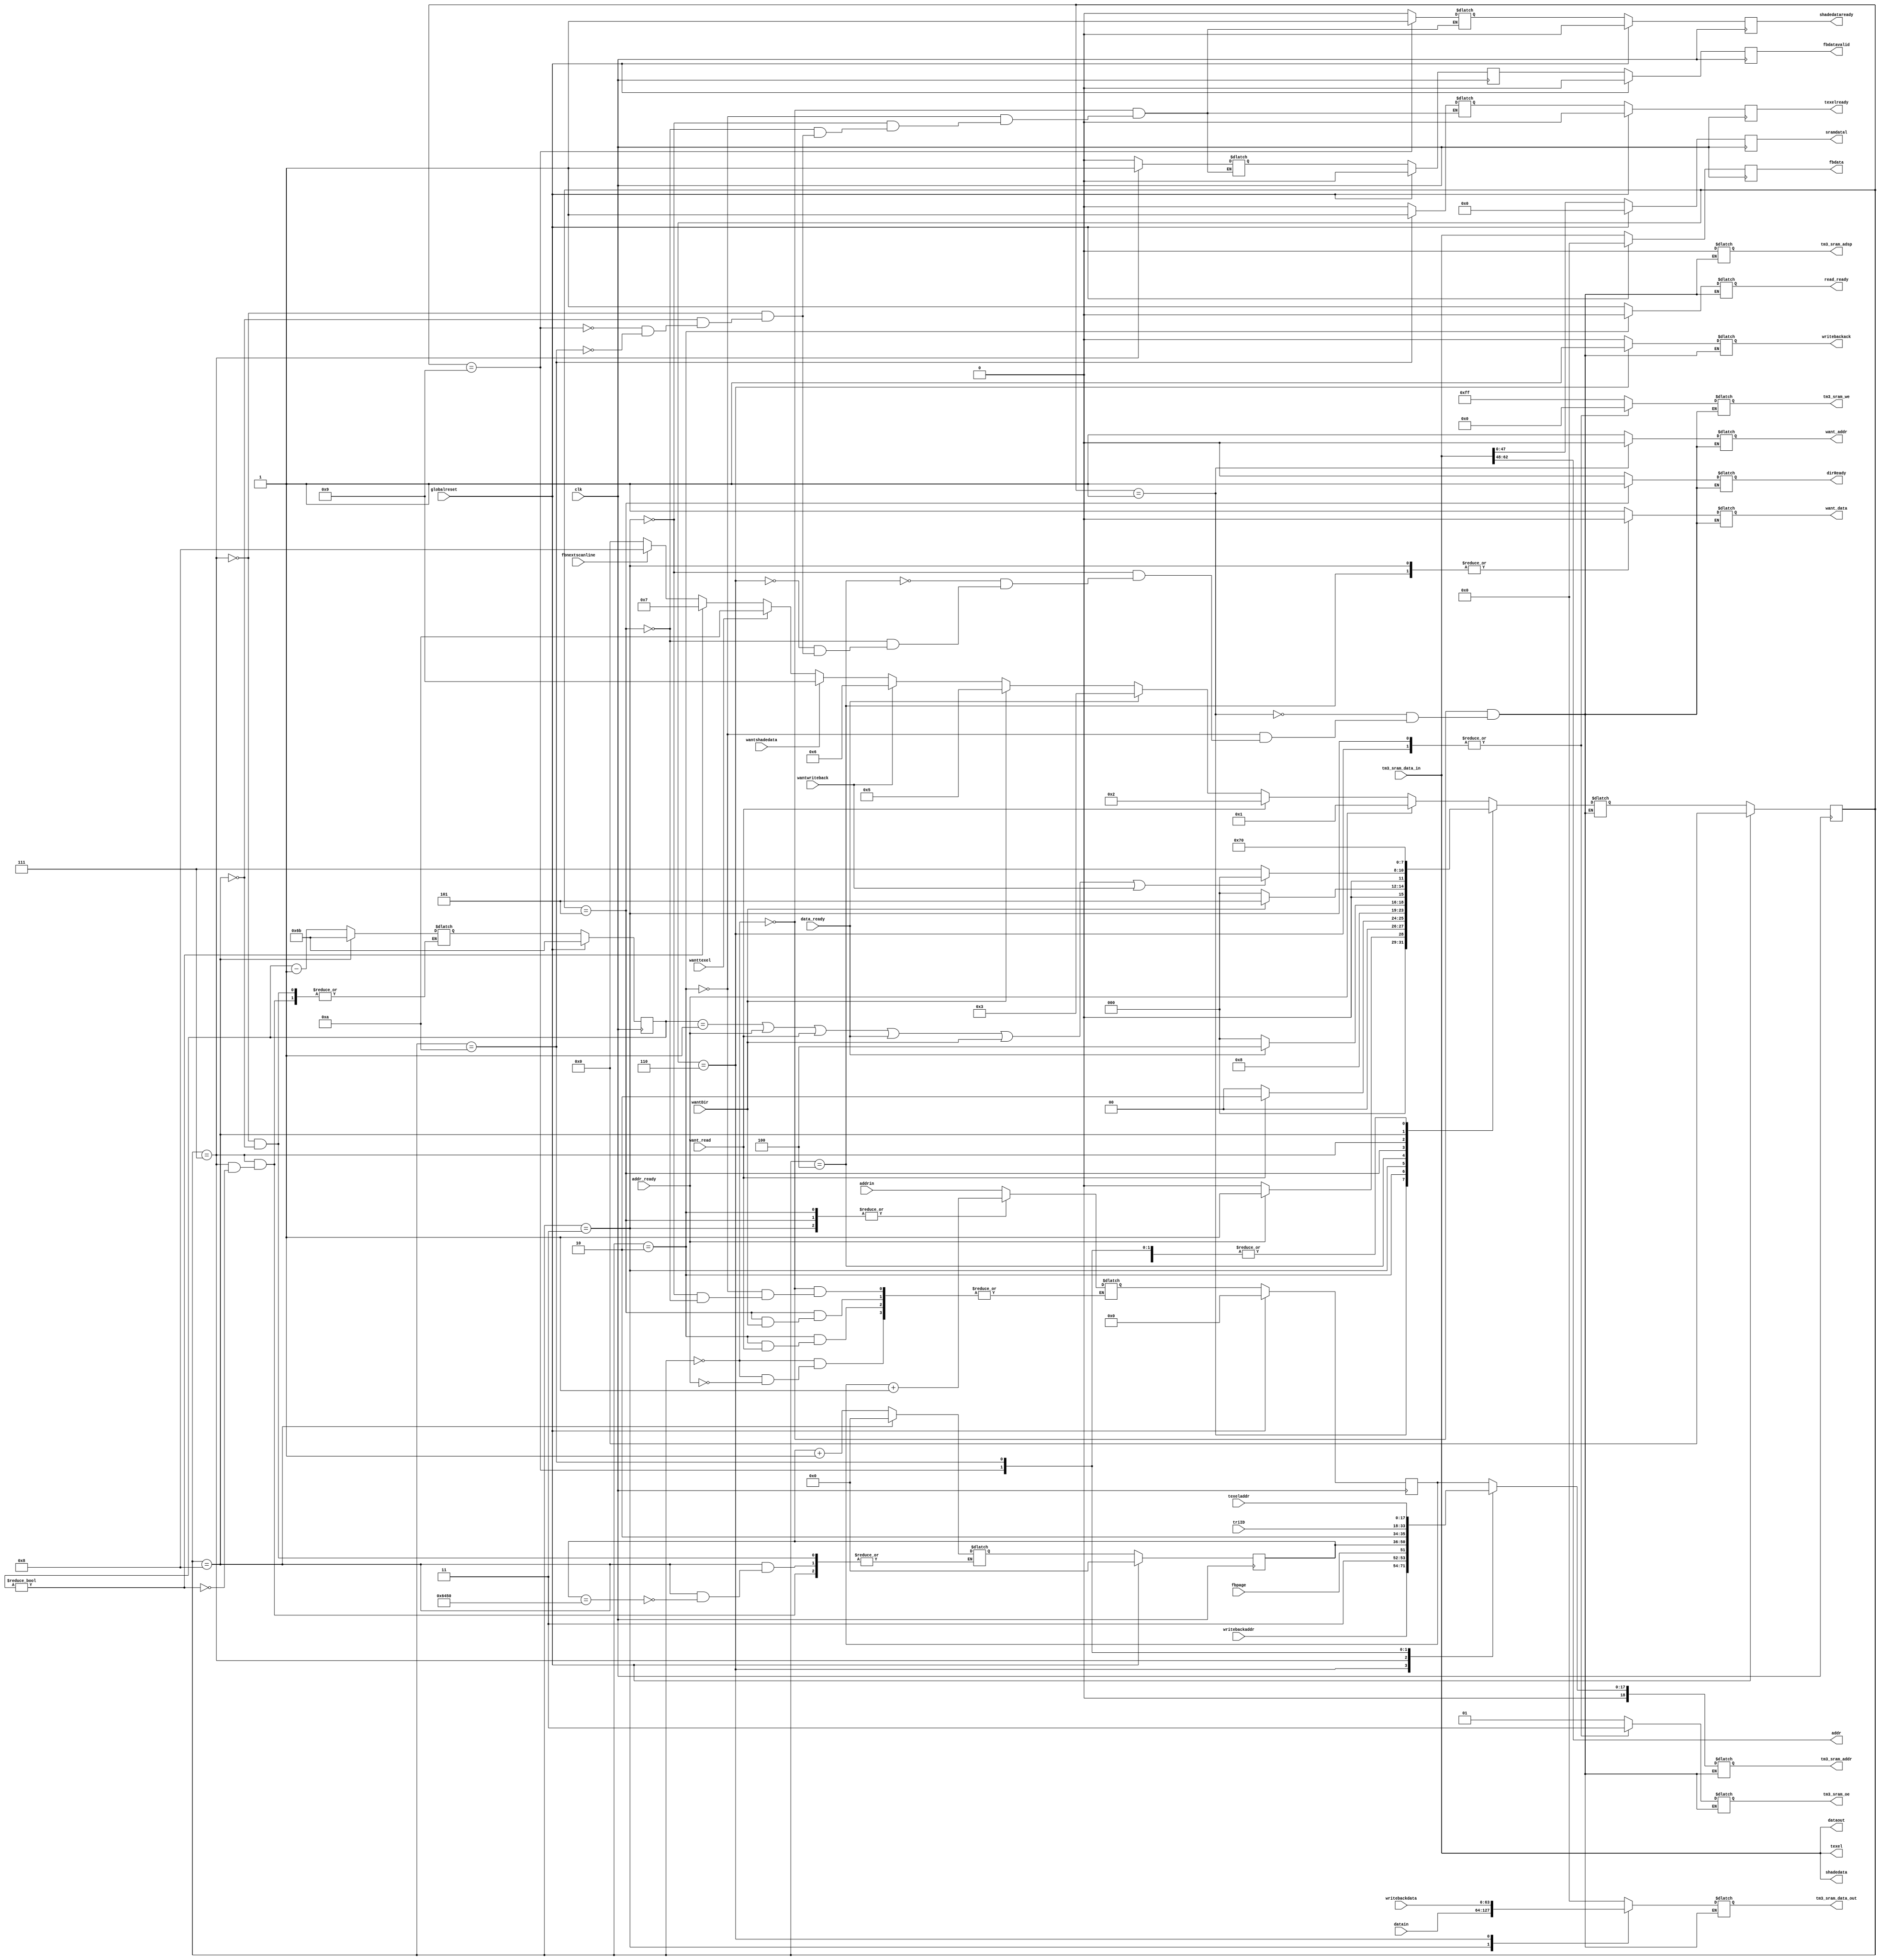
`define SIMULATION_MEMORY

module rgsramcontroller (want_addr, addr_ready, addrin, want_data, data_ready, datain, want_read, read_ready, dataout, dirReady, wantDir, sramdatal, addr, wantwriteback, writebackack, writebackdata, writebackaddr, fbdata, fbnextscanline, fbdatavalid, fbpage, shadedata, triID, wantshadedata, shadedataready, texeladdr, texel, wanttexel, texelready, tm3_sram_data_in, tm3_sram_data_out, tm3_sram_addr, tm3_sram_we, tm3_sram_oe, tm3_sram_adsp, globalreset, clk);

    output want_addr; 
    reg want_addr;
    input addr_ready; 
    input[17:0] addrin; 
    output want_data; 
    reg want_data;
    input data_ready; 
    input[63:0] datain; 
    input want_read; 
    output read_ready; 

    reg read_ready;
    output[63:0] dataout; 
    wire[63:0] dataout;
    output dirReady; 
    reg dirReady;
    input wantDir; 
    output[47:0] sramdatal; 
    reg[47:0] sramdatal;
    output[14:0] addr; 
    wire[14:0] addr;
    input wantwriteback; 
    output writebackack; 

    reg writebackack;
    input[63:0] writebackdata; 
    input[17:0] writebackaddr; 
    output[63:0] fbdata; 
    reg[63:0] fbdata;
    input fbnextscanline; 
    output fbdatavalid; 
    reg fbdatavalid;
    input fbpage; 
    output[63:0] shadedata; 
    wire[63:0] shadedata;
    input[15:0] triID; 

    input wantshadedata; 
    output shadedataready; 
    reg shadedataready;
    input[17:0] texeladdr; 
    output[63:0] texel; 
    wire[63:0] texel;
    input wanttexel; 
    output texelready; 
    reg texelready;
    input[63:0] tm3_sram_data_in; 
    wire[63:0] tm3_sram_data_in;
    output[63:0] tm3_sram_data_out; 
    wire[63:0] tm3_sram_data_out;
    reg[63:0] tm3_sram_data_xhdl0;

    output[18:0] tm3_sram_addr; 
    reg[18:0] tm3_sram_addr;
    output[7:0] tm3_sram_we; 
    reg[7:0] tm3_sram_we;
    output[1:0] tm3_sram_oe; 
    reg[1:0] tm3_sram_oe;
    output tm3_sram_adsp; 
    reg tm3_sram_adsp;
    input globalreset; 
    input clk; 

    reg[3:0] state; 
    reg[3:0] next_state; 
    reg[17:0] waddress; 
    reg[14:0] faddress; 
    reg[6:0] fcount; 
    reg fbdatavalidl; 

    reg[17:0] temp_waddress; 
    reg[14:0] temp_faddress; 
    reg[6:0] temp_fcount; 
    reg temp_fbdatavalidl; 
    reg temp_texelready;
    reg temp_shadedataready;

    assign tm3_sram_data_out = tm3_sram_data_xhdl0;

    assign dataout = tm3_sram_data_in ;
    assign addr = tm3_sram_data_in[62:48] ;
    assign shadedata = tm3_sram_data_in ;
    assign texel = tm3_sram_data_in ;

    always @(posedge clk)
    begin
       if (globalreset == 1'b1)
       begin

          state <= 0 ; 
          waddress <= 0;
          faddress <= 0;
          fcount <= 7'b1101011 ; 
          fbdatavalid <= 1'b0 ; 
          fbdatavalidl <= 1'b0 ; 
          shadedataready <= 1'b0 ; 
          texelready <= 1'b0 ; 
          sramdatal <= 0;
          fbdata <= 0;
       end
       else

       begin
          state <= next_state ; 
          sramdatal <= tm3_sram_data_in[47:0] ; 
          fbdata <= tm3_sram_data_in ; 
          fbdatavalid <= fbdatavalidl ; 

fbdatavalidl <= temp_fbdatavalidl;
texelready <= temp_texelready;
shadedataready <= temp_shadedataready;
fcount <= temp_fcount;
faddress <= temp_faddress;
waddress <= temp_waddress;

       end 
    end 

    always @(state or addr_ready or data_ready or waddress or datain or wantDir or 
             want_read or wantwriteback or writebackdata or writebackaddr or 
             fcount or fbpage or faddress or fbnextscanline or triID or wantshadedata or 
             wanttexel or texeladdr)

    begin
       case (state)

          0 :
                   begin
				       tm3_sram_we = 8'b11111111 ; 
				       tm3_sram_oe = 2'b01 ; 
				       tm3_sram_adsp = 1'b0 ; 
				       tm3_sram_data_xhdl0 = 0;
				       tm3_sram_addr = {1'b0, waddress} ; 
				       want_addr = 1'b1 ; 
				       want_data = 1'b1 ; 
				       read_ready = 1'b1 ; 
				       dirReady = 1'b0 ; 
				       writebackack = 1'b0 ; 
                      if (addr_ready == 1'b1)
                      begin
                         next_state = 1 ; 
                      end
                      else if (want_read == 1'b1)
                      begin
                         next_state = 2 ; 
                      end
                      else if (data_ready == 1'b1)
                      begin

                         next_state = 3 ; 
                      end
                      else if (wantDir == 1'b1)
                      begin
                         next_state = 5 ; 
                      end
                      else if (wantwriteback == 1'b1)
                      begin
                         next_state = 6 ; 
                      end
                      else if (wantshadedata == 1'b1)
                      begin

                         next_state = 9 ; 
                      end
                      else if (wanttexel == 1'b1)
                      begin
                         next_state = 10 ; 
                      end
                      else if (fcount != 0)
                      begin
                         next_state = 7 ; 
                      end
                      else if (fbnextscanline == 1'b1)
                      begin

                         next_state = 8 ; 
                      end
                      else
                      begin
                         next_state = 0 ; 
                      end 
				          temp_fbdatavalidl = 1'b0 ; 
				          temp_shadedataready = 1'b0 ; 
				          temp_texelready = 1'b0 ; 
                         if (addr_ready == 1'b1)

                         begin
                            temp_waddress = addrin ; 
                         end 

                   end
          1 :
                   begin
				       tm3_sram_we = 8'b11111111 ; 
				       tm3_sram_oe = 2'b01 ; 
				       tm3_sram_adsp = 1'b0 ; 
				       tm3_sram_data_xhdl0 = 0;
				       tm3_sram_addr = {1'b0, waddress} ; 
				       want_data = 1'b1 ; 
				       read_ready = 1'b1 ; 
				       dirReady = 1'b0 ; 
				       writebackack = 1'b0 ; 
                      want_addr = 1'b0 ; 
                      if (addr_ready == 1'b0)
                      begin
                         next_state = 0 ; 

                      end
                      else
                      begin
                         next_state = 1 ; 
                      end 
                   end
          2 :
                   begin
				       tm3_sram_we = 8'b11111111 ; 
				       tm3_sram_oe = 2'b01 ; 
				       tm3_sram_adsp = 1'b0 ; 
				       tm3_sram_data_xhdl0 = 0;
				       tm3_sram_addr = {1'b0, waddress} ; 
				       want_addr = 1'b1 ; 
				       want_data = 1'b1 ; 
				       dirReady = 1'b0 ; 
				       writebackack = 1'b0 ; 

                      read_ready = 1'b0 ; 
                      if (want_read == 1'b0)
                      begin
                         next_state = 0 ; 
                      end
                      else
                      begin
                         next_state = 2 ; 
                      end 

				          temp_fbdatavalidl = 1'b0 ; 
				          temp_shadedataready = 1'b0 ; 
				          temp_texelready = 1'b0 ; 
                         if (want_read == 1'b0)
                         begin

                            temp_waddress = waddress + 1 ; 
                         end 

                   end
          3 :
                   begin
				       tm3_sram_addr = {1'b0, waddress} ; 
				       want_addr = 1'b1 ; 
				       read_ready = 1'b1 ; 
				       dirReady = 1'b0 ; 
				       writebackack = 1'b0 ; 
                      tm3_sram_data_xhdl0 = datain ; 
                      tm3_sram_we = 8'b00000000 ; 


                   tm3_sram_oe = 2'b11 ; 
                      tm3_sram_adsp = 1'b0 ; 
                      want_data = 1'b0 ; 
                      next_state = 4 ; 

				          temp_fbdatavalidl = 1'b0 ; 
				          temp_shadedataready = 1'b0 ; 
				          temp_texelready = 1'b0 ; 
                         temp_waddress = waddress + 1 ; 

                   end
          4 :
                   begin
				       tm3_sram_we = 8'b11111111 ; 
				       tm3_sram_oe = 2'b01 ; 
				       tm3_sram_adsp = 1'b0 ; 
				       tm3_sram_data_xhdl0 = 0;
				       tm3_sram_addr = {1'b0, waddress} ; 
				       want_addr = 1'b1 ; 
				       read_ready = 1'b1 ; 
				       dirReady = 1'b0 ; 
				       writebackack = 1'b0 ; 
                      if (data_ready == 1'b0)
                      begin

                         next_state = 0 ; 
                      end
                      else
                      begin
                         next_state = 4 ; 
                      end 
                      want_data = 1'b0 ; 
                   end

          5 :
                   begin
				       tm3_sram_we = 8'b11111111 ; 
				       tm3_sram_oe = 2'b01 ; 
				       tm3_sram_adsp = 1'b0 ; 
				       tm3_sram_data_xhdl0 = 0;
				       tm3_sram_addr = {1'b0, waddress} ; 
				       want_addr = 1'b1 ; 
				       want_data = 1'b1 ; 
				       read_ready = 1'b1 ; 
				       writebackack = 1'b0 ; 

                     dirReady = 1'b1 ; 
                      if (wantDir == 1'b0)
                      begin
                         next_state = 0 ; 

                      end
                      else
                      begin
                         next_state = 5 ; 
                      end 

				          temp_fbdatavalidl = 1'b0 ; 
				          temp_shadedataready = 1'b0 ; 
				          temp_texelready = 1'b0 ; 
                         if (wantDir == 1'b0)
                         begin
                            temp_waddress = waddress + 1 ; 
                         end 

                   end
          6 :
                   begin
				       want_addr = 1'b1 ; 
				       want_data = 1'b1 ; 
				       read_ready = 1'b1 ; 
				       dirReady = 1'b0 ; 

                      tm3_sram_data_xhdl0 = writebackdata ; 
                      tm3_sram_we = 8'b00000000 ; 
                      tm3_sram_oe = 2'b11 ; 
                      tm3_sram_adsp = 1'b0 ; 
                      tm3_sram_addr = {1'b0, writebackaddr} ; 
                      writebackack = 1'b1 ; 
                      next_state = 0 ; 
                   end

          7 :
                   begin
				       tm3_sram_we = 8'b11111111 ; 
				       tm3_sram_oe = 2'b01 ; 
				       tm3_sram_adsp = 1'b0 ; 
				       tm3_sram_data_xhdl0 = 0;
				       want_addr = 1'b1 ; 
				       want_data = 1'b1 ; 
				       read_ready = 1'b1 ; 
				       dirReady = 1'b0 ; 
				       writebackack = 1'b0 ; 
                      tm3_sram_addr = {3'b011, fbpage, faddress} ; 
                      if ((fcount == 1) | (addr_ready == 1'b1) | (want_read == 1'b1) | (data_ready == 1'b1) | (wantDir == 1'b1) | (wantwriteback == 1'b1))
                      begin
                         next_state = 0 ; 

                      end
                      else
                      begin
                         next_state = 7 ; 
                      end 


				          temp_shadedataready = 1'b0 ; 
				          temp_texelready = 1'b0 ; 
                         temp_fbdatavalidl = 1'b1 ; 
                         if (fcount != 0)
                         begin
                            temp_faddress = faddress + 1 ; 
                            temp_fcount = fcount - 1 ; 
                         end 

                   end
          8 :
                   begin
				       tm3_sram_we = 8'b11111111 ; 
				       tm3_sram_oe = 2'b01 ; 
				       tm3_sram_adsp = 1'b0 ; 
				       tm3_sram_data_xhdl0 = 0;
				       tm3_sram_addr = {1'b0, waddress} ; 
				       want_addr = 1'b1 ; 
				       want_data = 1'b1 ; 
				       read_ready = 1'b1 ; 
				       dirReady = 1'b0 ; 
				       writebackack = 1'b0 ; 
                      next_state = 7 ; 

				   				          temp_fbdatavalidl = 1'b0 ; 
				          temp_shadedataready = 1'b0 ; 
				          temp_texelready = 1'b0 ; 
                         temp_fcount = 7'b1101011 ; 
                         if (faddress == 25680)
                         begin
                            temp_faddress = 0;
                         end 
                   end
          9 :
                   begin
				       tm3_sram_we = 8'b11111111 ; 
				       tm3_sram_oe = 2'b01 ; 
				       tm3_sram_adsp = 1'b0 ; 
				       tm3_sram_data_xhdl0 = 0;
				       want_addr = 1'b1 ; 
				       want_data = 1'b1 ; 
				       read_ready = 1'b1 ; 
				       dirReady = 1'b0 ; 
				       writebackack = 1'b0 ; 
                      tm3_sram_addr = {3'b010, triID} ; 
                      next_state = 0 ; 

				          temp_fbdatavalidl = 1'b0 ; 
				          temp_texelready = 1'b0 ; 
                         temp_shadedataready = 1'b1 ; 
                   end

          10 :
                   begin
				       tm3_sram_we = 8'b11111111 ; 
				       tm3_sram_oe = 2'b01 ; 
				       tm3_sram_adsp = 1'b0 ; 
				       tm3_sram_data_xhdl0 = 0;
				       want_addr = 1'b1 ; 
				       want_data = 1'b1 ; 
				       read_ready = 1'b1 ; 
				       dirReady = 1'b0 ; 
				       writebackack = 1'b0 ; 
                      tm3_sram_addr = {1'b0, texeladdr} ; 
                      next_state = 0 ; 

				          temp_fbdatavalidl = 1'b0 ; 
				          temp_shadedataready = 1'b0 ; 
                         temp_texelready = 1'b1 ; 
                   end
       endcase 
    end 
 endmodule